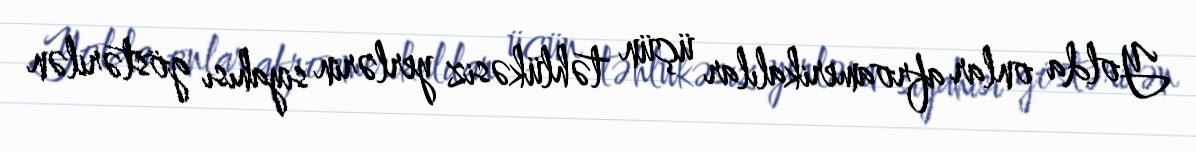
Yolda onlar afroamerikalılar üçün təhlükəsiz yerlərin siyahısı göstərilən